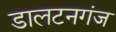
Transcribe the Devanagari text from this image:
डालटनगंज